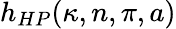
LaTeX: h_{HP}(\kappa,n,\pi,a)